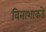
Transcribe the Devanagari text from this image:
विनाशाकडे